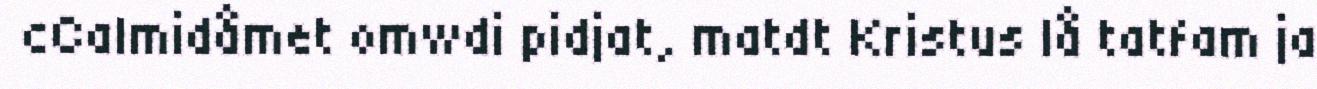
cCalmidåmet omwdi pidjat, matdt Kristus lå tatfam ja